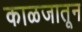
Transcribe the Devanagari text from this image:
काळजातून